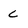
Character: C